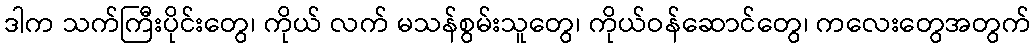
ဒါက သက်ကြီးပိုင်းတွေ၊ ကိုယ် လက် မသန်စွမ်းသူတွေ၊ ကိုယ်ဝန်ဆောင်တွေ၊ ကလေးတွေအတွက်